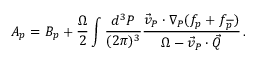
A _ { p } = B _ { p } + \frac { \Omega } { 2 } \int \frac { d ^ { 3 } { \cal P } } { ( 2 \pi ) ^ { 3 } } \frac { \vec { v } _ { \cal P } \cdot \nabla _ { \cal P } ( f _ { p } + f _ { \overline { { p } } } ) } { \Omega - \vec { v } _ { \cal P } \cdot \vec { \cal Q } } \, .